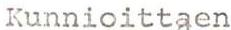
Kunnioittaen